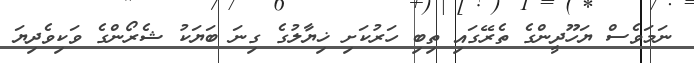
ނަމަވެސް ޔަހޫދީންގެ ތެރޭގައި ތިބި ހަރުކަށި ޚިޔާލުގެ ގިނަ ބަޔަކު ޝެރޯންގެ ވަކިވެދިޔަ